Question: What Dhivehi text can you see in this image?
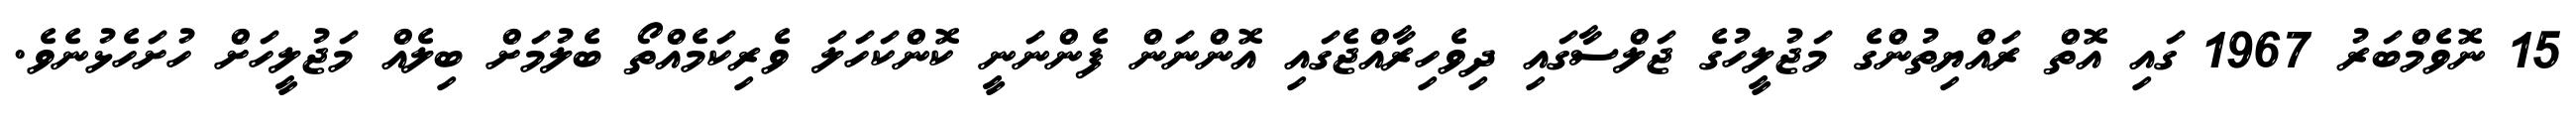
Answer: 15 ނޮވެމްބަރު 1967 ގައި އޮތް ރައްޔިތުންގެ މަޖުލީހުގެ ޖަލްސާގައި ދިވެހިރާއްޖެގައި އޮންނަން ފެންނަނީ ކޮންކަހަލަ ވެރިކަމެއްތޯ ބެލުމަށް ބިލެއް މަޖުލީހަށް ހުށަހެޅުނެވެ.